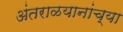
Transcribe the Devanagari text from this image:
अंतराळयानांच्या